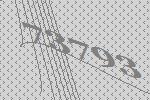
73793